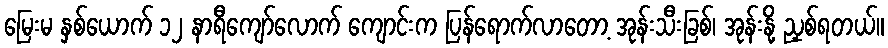
မြေးမ နှစ်ယောက် ၁၂ နာရီကျော်လောက် ကျောင်းက ပြန်ရောက်လာတော့ အုန်းသီးခြစ်၊ အုန်းနို့ ညှစ်ရတယ်။